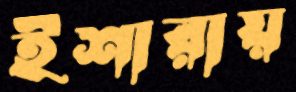
ইশারায়